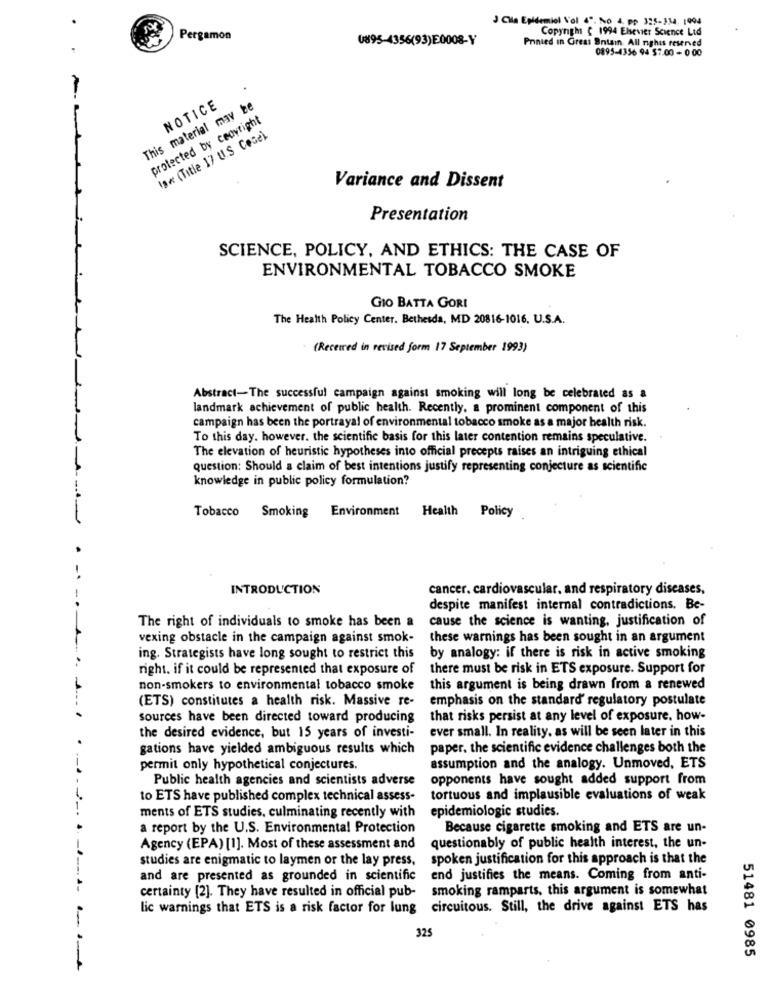
3 Cla Epidemiel Vol 4º. No 4. pp 395-34. 1998
Copyright ( 1994 Elsevier Science Lid
Pergamon
0895-4356(93)E0008-Y
Printed in Great Bntain All rights reserved
0895-4356 94 57.00 - 0 00
This material may te
NOTICE
protected by ceovright
18x (Title 17 US Cose)
Variance and Dissent
Presentation
SCIENCE, POLICY, AND ETHICS: THE CASE OF
ENVIRONMENTAL TOBACCO SMOKE
GIO BATTA GORI
The Health Policy Center. Bethesda, MD 20816-1016. U.S.A.
(Receired in revised form 17 September 1993)
Abstract-The successful campaign against smoking will long be celebrated as a
landmark achievement of public health. Recently, a prominent component of this
campaign has been the portrayal of environmental tobacco smoke as a major health risk.
To this day. however. the scientific basis for this later contention remains speculative.
The elevation of heuristic hypotheses into official precepts raises an intriguing ethical
question: Should a claim of best intentions justify representing conjecture as scientific
knowledge in public policy formulation?
Tobacco Smoking Environment
Health Policy
INTRODUCTION
cancer. cardiovascular, and respiratory diseases,
despite manifest internal contradictions. Be-
The right of individuals to smoke has been a
cause the science is wanting, justification of
vexing obstacle in the campaign against smok-
these warnings has been sought in an argument
ing. Strategists have long sought to restrict this
by analogy: if there is risk in active smoking
right. if it could be represented that exposure of
there must be risk in ETS exposure. Support for
non-smokers to environmental tobacco smoke
this argument is being drawn from a renewed
(ETS) constitutes a health risk. Massive re-
emphasis on the standard' regulatory postulate
sources have been directed toward producing
that risks persist at any level of exposure. how-
ever small. In reality, as will be seen later in this
the desired evidence, but 15 years of investi-
gations have yielded ambiguous results which
paper. the scientific evidence challenges both the
permit only hypothetical conjectures.
assumption and the analogy. Unmoved, ETS
Public health agencies and scientists adverse
opponents have sought added support from
to ETS have published complex technical assess-
tortuous and implausible evaluations of weak
epidemiologic studies.
ments of ETS studies, culminating recently with
a report by the U.S. Environmental Protection
Because cigarette smoking and ETS are un-
Agency (EPA) [1]. Most of these assessment and
questionably of public health interest, the un-
studies are enigmatic to laymen or the lay press,
spoken justification for this approach is that the
and are presented as grounded in scientific
end justifies the means. Coming from anti-
certainty [2]. They have resulted in official pub- smoking ramparts, this argument is somewhat
lic warnings that ETS is a risk factor for lung circuitous. Still, the drive against ETS has
325
51481 0985